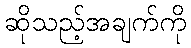
ဆိုသည့်အချက်ကို